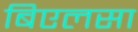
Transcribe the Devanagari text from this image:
बिएलसा